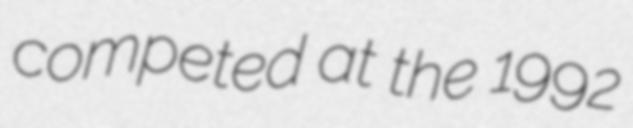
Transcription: competed at the 1992